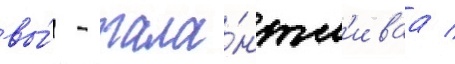
вы́ - тала́нтл'иваа /